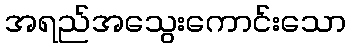
အရည်အသွေးကောင်းသော